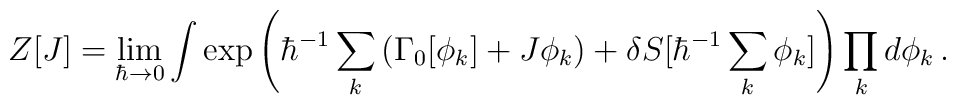
Z[J]= \lim_{\hbar\to 0}\int\exp\left(\hbar^{-1}\sum_k\left(\Gamma_0[\phi_k]+J\phi_k\right)+\delta S\big[\hbar^{-1}\sum_k\phi_k\big]\right)\prod_kd\phi_k \,.